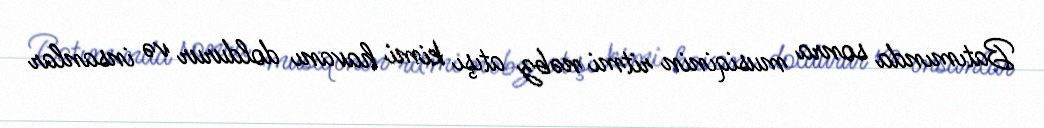
Batımında sonra musiqinin ritmi nəbz atışı kimi havanı doldurur və insanlar